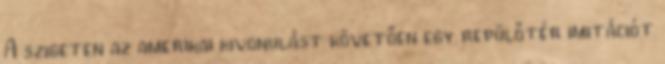
A szigeten az amerikai kivonulást követően egy repülőtér imitációt